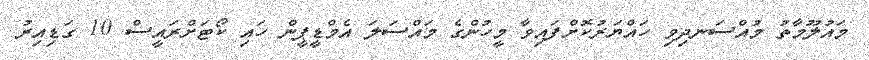
މައުލޫމާތު މުއްސަނދިވި ހައްޔަރުކޮށްފައިވާ މީހުންގެ މައްސަލަ އެމްޑީޕީން ހައި ކޯޓަށްރައީސް 10 ގަޑިއިރު